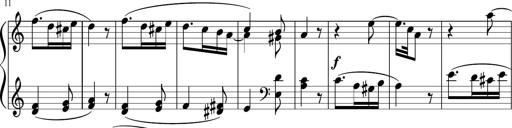
Title: 4 Sonatinas
Composer: Jacob Schmitt